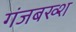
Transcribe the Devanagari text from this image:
गंजबख्श